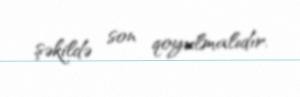
şəkildə son qoyulmalıdır.